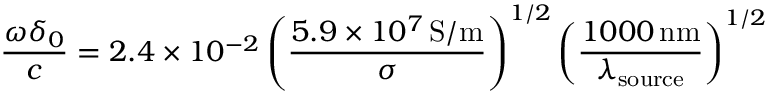
\frac { \omega \delta _ { 0 } } { c } = 2 . 4 \times 1 0 ^ { - 2 } \left( \frac { 5 . 9 \times 1 0 ^ { 7 } \, \mathrm { S / m } } { \sigma } \right) ^ { 1 / 2 } \left( \frac { 1 0 0 0 \, \mathrm { n m } } { \lambda _ { \mathrm { s o u r c e } } } \right) ^ { 1 / 2 } \,